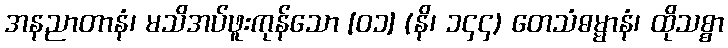
အနညာတာနံ၊ မသိအပ်ဖူးကုန်သော [၀၁] (နိ၊ ၁၄၄) တေသံဓမ္မာနံ၊ ထိုသစ္စာ